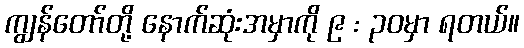
ကျွန်တော်တို့ နောက်ဆုံးအမှာကို ၉ : ၃၀မှာ ရတယ်။